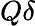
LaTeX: Q\delta